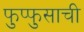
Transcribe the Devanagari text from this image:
फुप्फुसाची